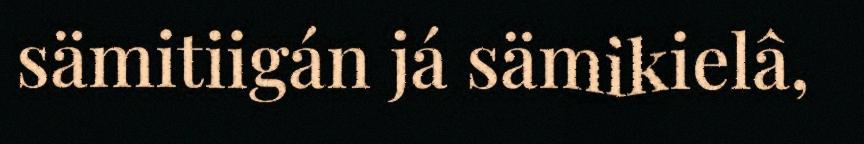
sämitiigán já sämikielâ,